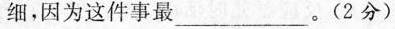
细，因为这件事最___。(2分)